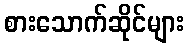
စားသောက်ဆိုင်များ